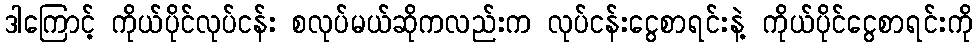
ဒါကြောင့် ကိုယ်ပိုင်လုပ်ငန်း စလုပ်မယ်ဆိုကလည်းက လုပ်ငန်းငွေစာရင်းနဲ့ ကိုယ်ပိုင်ငွေစာရင်းကို